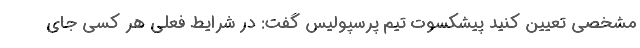
مشخصی تعیین کنید پیشکسوت تیم پرسپولیس گفت: در شرایط فعلی هر کسی جای